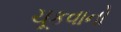
ચૂકવાનો